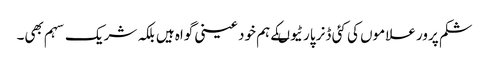
شکم پرور علاموں کی کئی ڈنر پارٹیوںکے ہم خود عینی گواہ ہیں بلکہ شریک سہم بھی۔